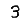
Digit: 3